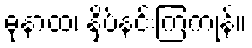
ဓုနာထ၊ နှိပ်နင်းကြကုန်။